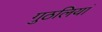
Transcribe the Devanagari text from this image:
गुठलियां